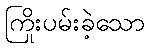
ကြိုးပမ်းခဲ့သော